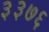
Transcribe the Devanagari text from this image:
३३७६